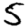
Digit: 5